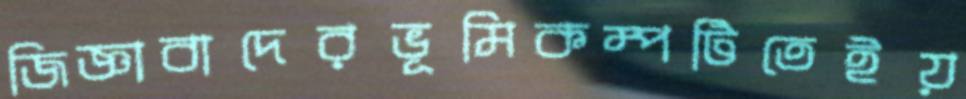
জিজ্ঞাবাদেরভূমিকম্পটিতেইয়